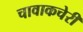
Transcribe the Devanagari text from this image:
चावाकचेरी